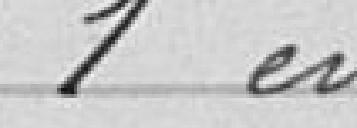
1 employé